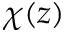
\chi ( z )